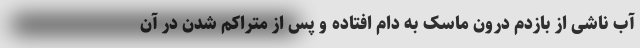
آب ناشی از بازدم درون ماسک به دام افتاده و پس از متراکم شدن در آن